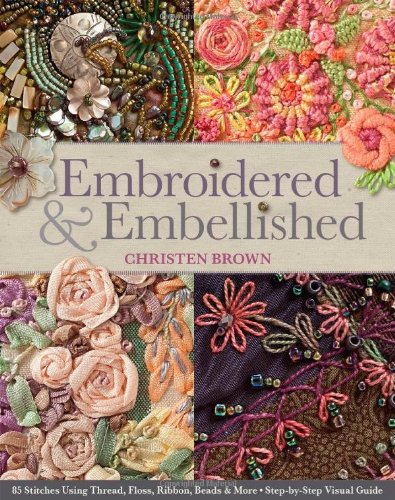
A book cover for Embroidered & Embellished: 85 Stitches Using Thread, Floss, Ribbon, Beads & More  Step-by-Step Visual Guide; Christen Brown; Crafts, Hobbies & Home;